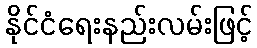
နိုင်ငံရေးနည်းလမ်းဖြင့်